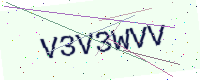
Text: V3V3WVV